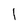
Character: l